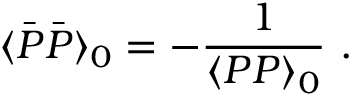
\langle \bar { P } \bar { P } \rangle _ { 0 } = - { \frac { 1 } { \langle P P \rangle _ { 0 } } } \ .